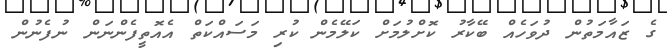
ގެ ޒައާމަތުން ދުވަހެއް ބޭކާރު ކޮށްލުމަށް ކަލޭމެން ކުރި މަސައްކަތް އެއޮތީފެންނަން ނުފެނުން